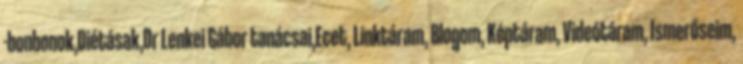
-bonbonok,Diétásak,Dr Lenkei Gábor tanácsai,Ecet, Linktáram, Blogom, Képtáram, Videótáram, Ismerőseim,